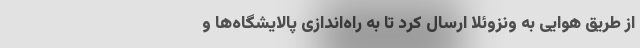
از طریق هوایی به ونزوئلا ارسال کرد تا به راه‌اندازی پالایشگاه‌ها و